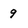
Character: 9